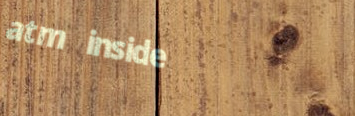
atm inside